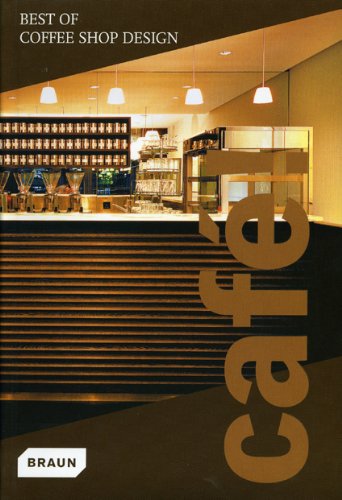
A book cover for Cafe! Best of Coffee Shop Design; Braun; Arts & Photography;